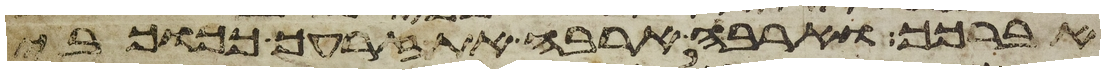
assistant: אברכך והרבה ארבה את זרעך ככוכבי